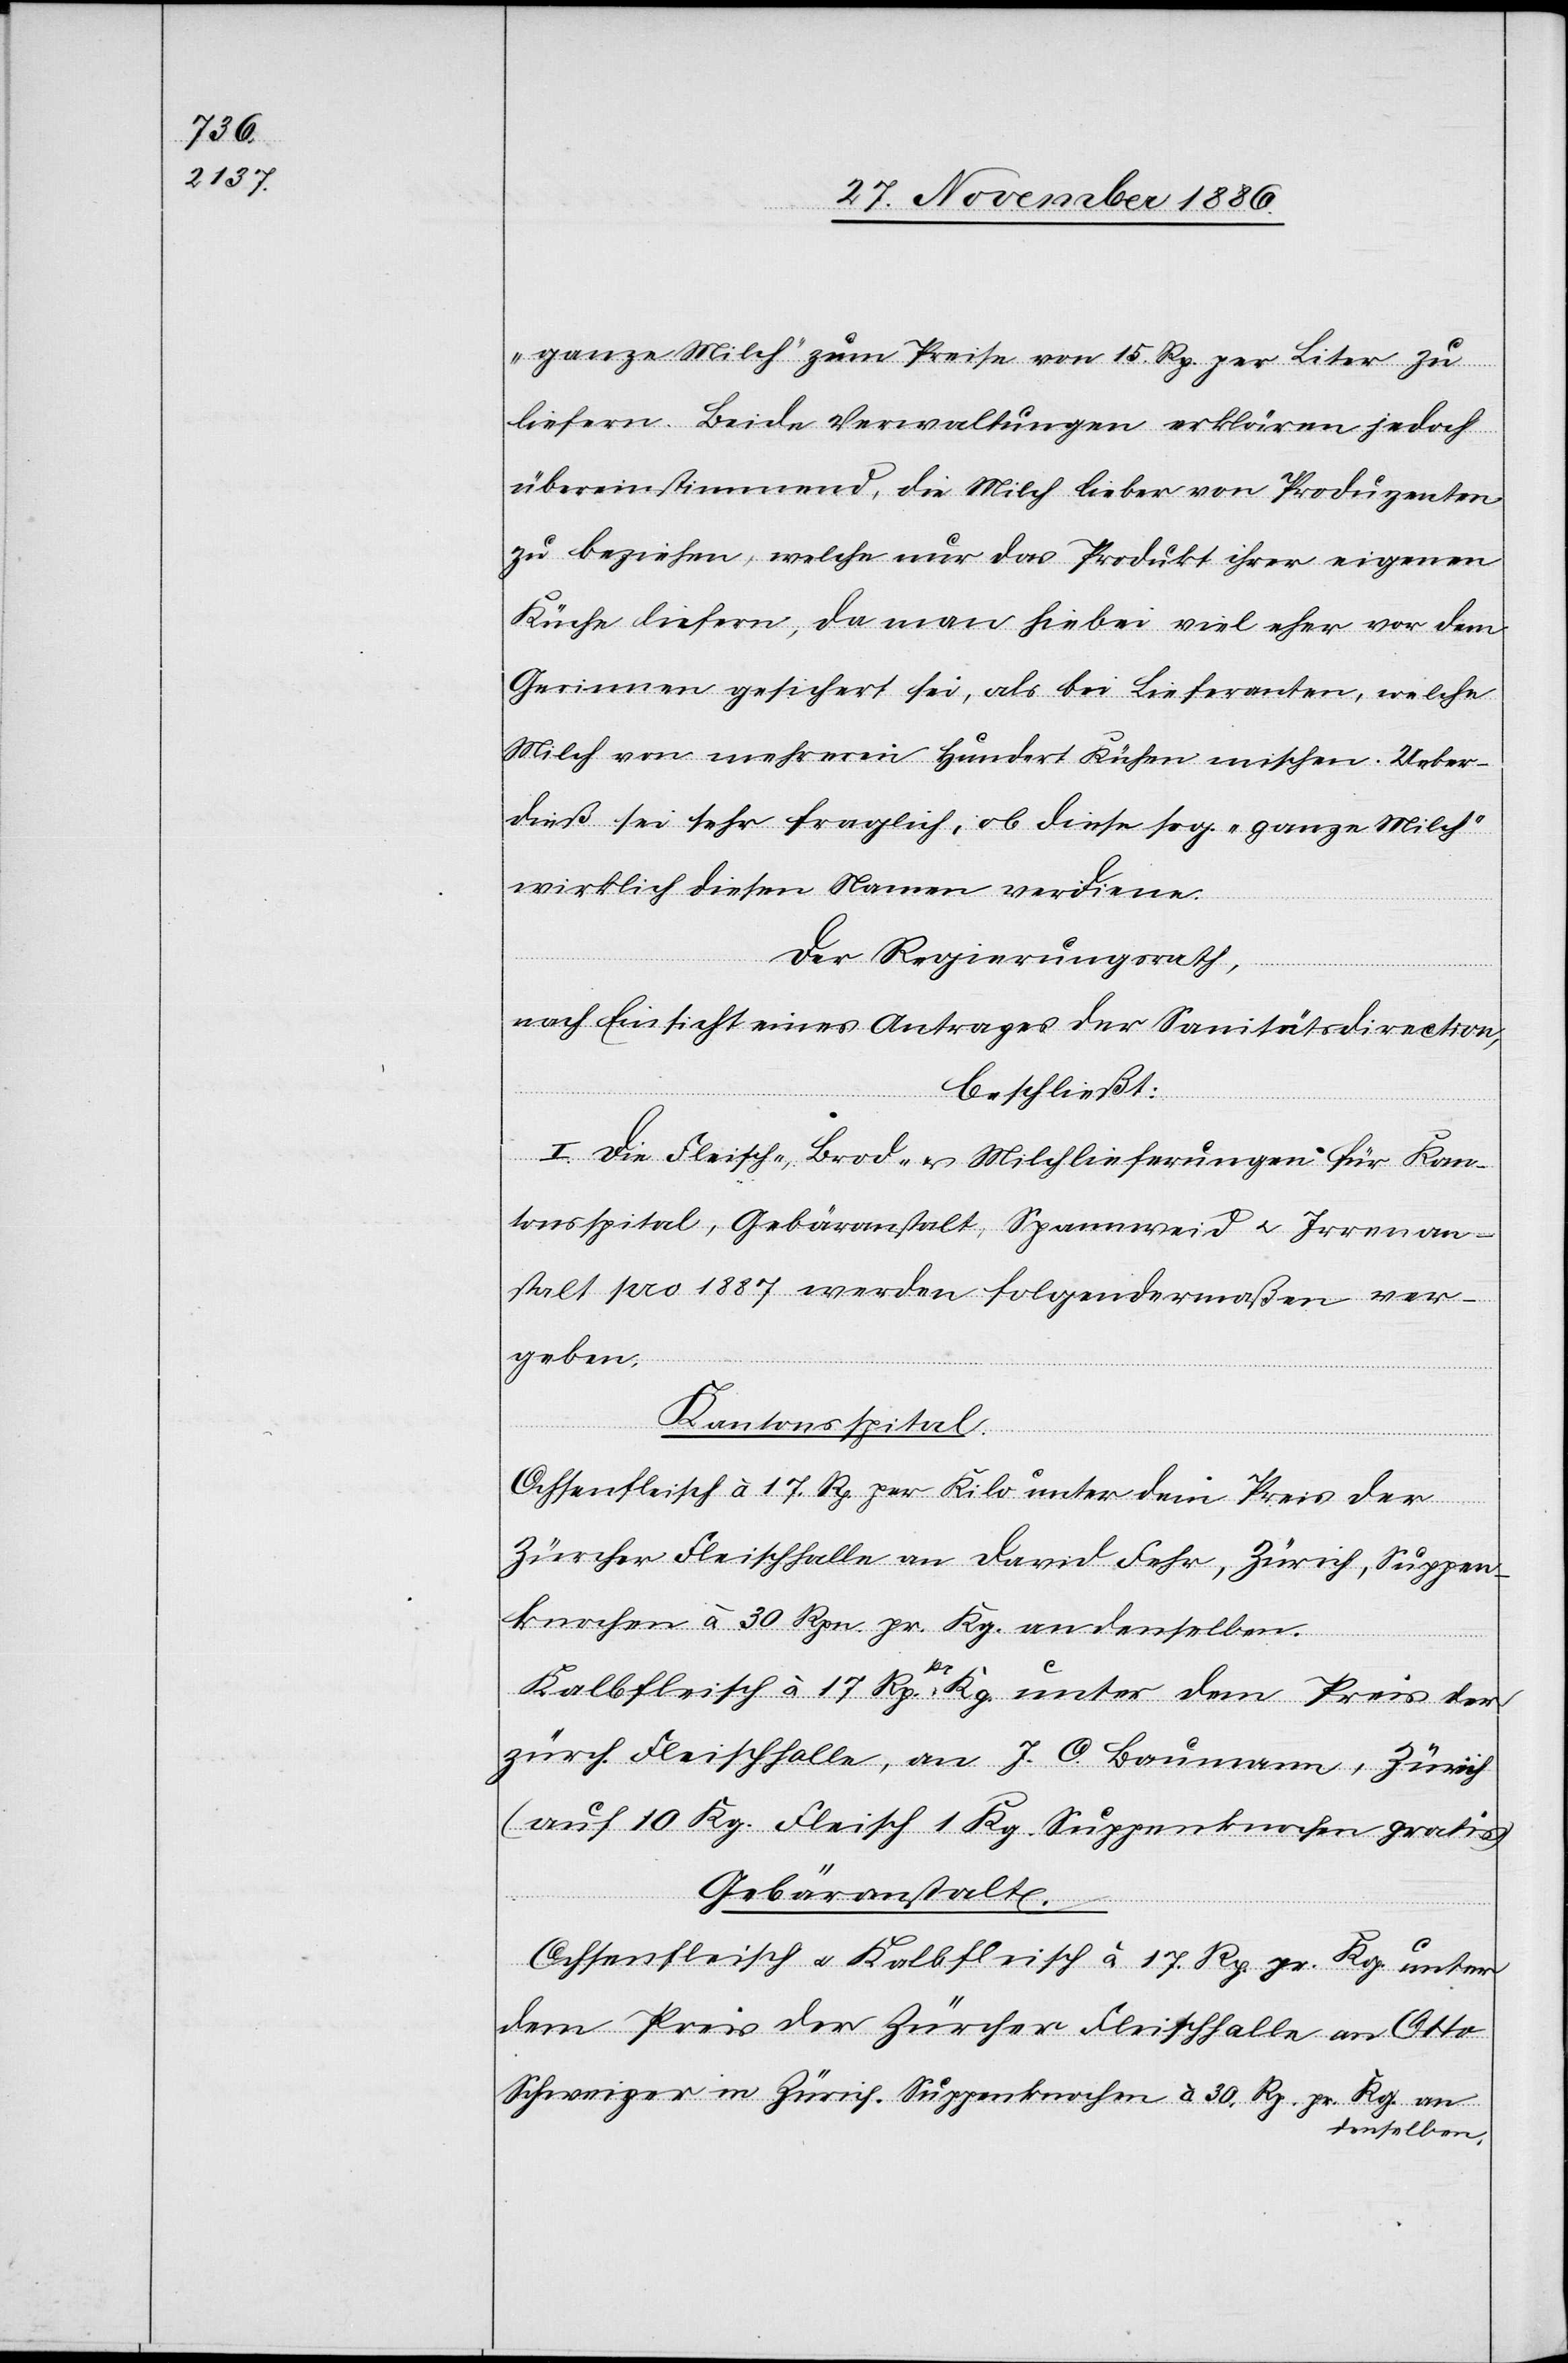
„ganze Milch“ zum Preise von 15 Rp. per Liter zu
liefern. Beide Verwaltungen erklären jedoch
übereinstimmend, die Milch lieber von Produzenten
zu beziehen, welche nur das Produkt ihrer eigenen
Küche liefern, da man hiebei viel eher vor dem
Gerinnen gesichert sei, als bei Lieferanten, welche
Milch von mehreren hundert Kühen mischen. Ueber¬
dieß sei sehr fraglich, ob diese sog. „ganze Milch“
wirklich diesen Namen verdiene.
Der Regierungsrath,
nach Einsicht eines Antrages der Sanitätsdirection,
beschließt:
I. Die Fleisch-, Brod- & Milchlieferungen für Kan¬
tonsspital, Gebäranstalt, Spannweid & Irrenan¬
stalt pro 1887 werden folgendermaßen ver¬
geben:
Kantonsspital.
Ochsenfleisch à 17 Rp. per Kilo unter dem Preis der
Zürcher Fleischhalle an David Fehr, Zürich, Suppen¬
knochen à 30 Rpn. pr. Kg. an denselben.
Kalbfleisch à 17 Rp. pr. Kg. unter dem Preis der
zürch. Fleischhalle, an J. O. Baumann, Zürich
(auf 10 Kg. Fleisch 1 Kg. Suppenknochen gratis)
Gebäranstalt.
Ochsenfleisch & Kalbfleisch à 17 Rp. pr. Kg. unter
dem Preis der Zürcher Fleischhalle an Otto
Schweizer in Zürich. Suppenknochen à 30 Rp. pr. Kg. an
denselben.